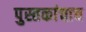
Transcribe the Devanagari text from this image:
पुस्तकांचाच